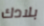
بلادك